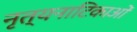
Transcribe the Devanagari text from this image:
नृत्यनाटिकाओं